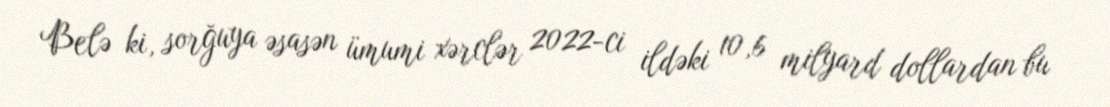
Belə ki, sorğuya əsasən ümumi xərclər 2022-ci ildəki 10,6 milyard dollardan bu